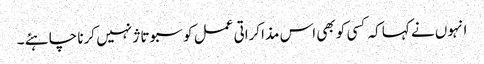
انہوں نے کہا کہ کسی کو بھی اس مذاکراتی عمل کو سبوتاژ نہیں کرنا چاہئے ۔